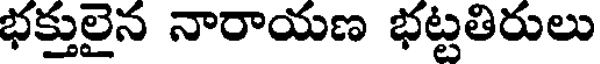
భక్తులైన నారాయణ భట్టతిరులు